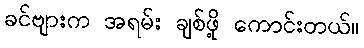
ခင်ဗျားက အရမ်း ချစ်ဖို့ ကောင်းတယ်။